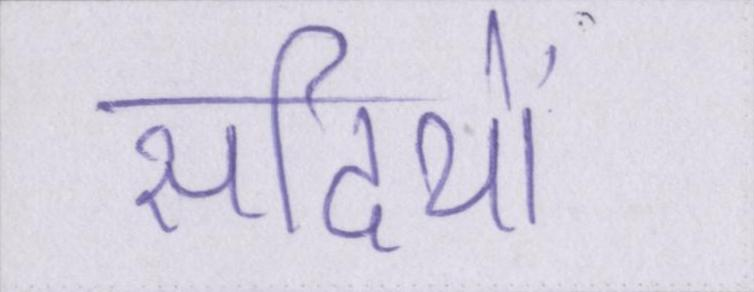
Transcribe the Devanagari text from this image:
सदियों